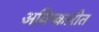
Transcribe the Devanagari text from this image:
अविष्कारीत